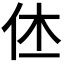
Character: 𠇾